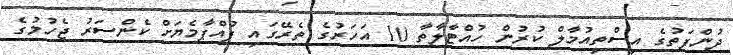
ދުންފަތުގެ އިސްތިއުމާލް ކުރުން ހުއްޓާލާތާ 10 އަހަރުގެ ތެރޭގައި ފުއްޕާމެޔަށް ކެންސަރު ޖެހުމުގެ